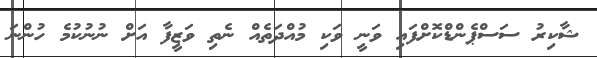
ޝާކިރު ސަސްޕެންޑްކޮށްފައި ވަނީ ވަކި މުއްދަތެއް ނެތި ވަޒީފާ އަށް ނުނުކުމެ ހުންނަ